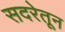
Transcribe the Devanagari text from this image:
सदरेतून